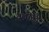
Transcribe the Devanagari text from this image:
क्‍लोरेट्टे